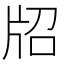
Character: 牊